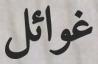
غوائل